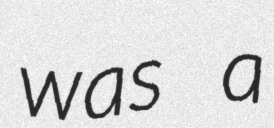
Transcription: was a